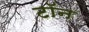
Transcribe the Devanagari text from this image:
टॉन